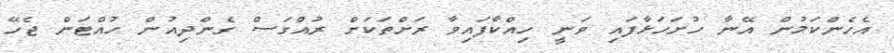
އެހެންކަމުން އޭނާ ހުށަހަޅާފައި ވަނީ ހިއްކާފައިވާ ރަށްތަކަށް ރުއްގަސް ގެންދިއުން ހުއްޓަން ޖެހޭ